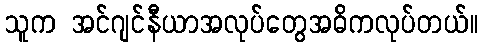
သူက အင်ဂျင်နီယာအလုပ်တွေအဓိကလုပ်တယ်။